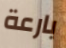
بارعة